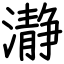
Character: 瀞